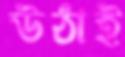
উঠাই